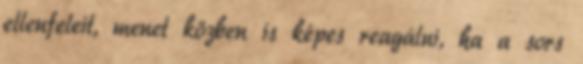
ellenfeleit, menet közben is képes reagálni, ha a sors